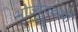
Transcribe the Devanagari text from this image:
भोज्यपदार्थों